Report on sanitation, dispensaries, and jails in Rajputana for 1920, and on vaccination for the year 1920-1921 - 1920-1921
Year: 1920
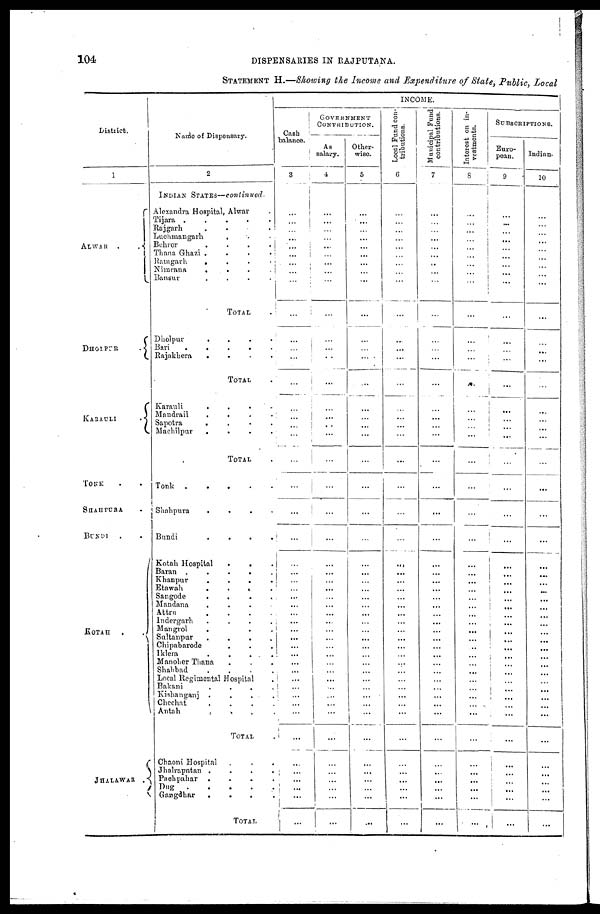
104
DISPENSARIES IN RAJPUTANA.
STATEMENT H.—Showing the Income and Expenditure of State, Public, Local
District.
1
ALWAR . .
DHOLPUR
.
KARAULI
.
TONK
SHAHPURA .
BUNDI . .
KOTAH .
.
JHALAWAR .
Name of Dispensary.
2
INDIAN STATES—continued.
Alexandra Hospital, Alwar .
Tijara .
.
.
.
.
Rajgarh
.
.
.
.
Luchmangarh
. . .
Behror
.
.
.
.
Thana Ghazi
. . .
Ramgarh
. . . .
Nimrana
.
.
.
.
Bansur
.
.
.
.
TOTAL .
Dholpur
. . . .
Bari
.
.
.
.
.
Rajakhera
. . . .
TOTAL .
Karauli
.
.
.
. .
Mandrail
. . . .
Sapotra
. . . .
Machilpur
. . . .
TOTAL .
Tonk .
.
.
.
Shahpura
. . . .
Bundi
. . . .
Kotah Hospital
.
. .
Baran . . . . .
Khanpur
. . . .
Etawah
.
.
. .
Sangode
.
. . .
Mandana
.
.
. .
Attru
. . . .
Indergarh
. . . .
Mangrol . . .
Sultanpur
.
.
.
.
Chipabarode . . .
Iklera
.
.
. . .
Manoher Thana . . .
Shahbad
. . . .
Local Regimental Hospital .
Bakani
.
.
.
.
Kishanganj .
.
.
.
Chechat
. . . .
Antah
.
. . .
TOTAL .
Chaoni Hospital . . .
Jhalrapatan . . . .
Pachpahar . . . .
Dug
.
.
.
.
.
Gangdhar
. . . .
TOTAL
INCOME.
Cash
balance.
3
...
...
...
...
...
...
...
...
...
...
...
...
...
...
...
...
...
...
...
...
...
...
...
...
...
...
...
...
...
...
...
...
...
...
...
...
...
...
...
...
...
...
...
...
...
...
...
...
GOVERNMENT
CONTRIBUTION.
As
salary.
4
...
...
...
...
...
...
...
...
...
...
...
...
...
...
...
...
...
...
...
...
...
...
...
...
...
...
...
...
...
...
...
...
...
...
...
...
...
...
...
...
...
...
...
...
...
...
...
...
Other-
wise.
5
...
...
...
...
...
...
...
...
...
...
...
...
...
...
...
...
...
...
...
...
...
...
...
...
...
...
...
...
...
...
...
...
...
...
...
...
...
...
...
...
...
...
...
...
...
...
...
...
Local Fund con-
tributions.
6
...
...
...
...
...
...
...
...
...
...
...
...
...
...
...
...
...
...
...
...
...
...
...
...
...
...
...
...
...
...
...
...
...
...
...
...
...
...
...
...
...
...
...
...
...
...
...
...
Municipal Fund
contributions.
7
...
...
...
...
...
...
...
...
...
...
...
...
...
...
...
...
...
...
...
...
...
...
...
...
...
...
...
...
...
...
...
...
...
...
...
...
...
...
...
...
...
...
...
...
...
...
...
...
Interest on in-
vestments.
8
...
...
...
...
...
...
...
...
...
...
...
...
...
...
...
...
...
...
...
...
...
...
...
...
...
...
...
...
...
...
...
...
...
...
...
...
...
...
...
...
...
...
...
...
...
...
...
...
SUBSCRIPTIONS.
Euro-
pean.
9
...
...
...
...
...
...
...
...
...
...
...
...
...
...
...
...
...
...
...
...
...
...
...
...
...
...
...
...
...
...
...
...
...
...
...
...
...
...
...
...
...
...
...
...
...
...
...
...
Indian.
10
...
...
...
...
...
...
...
...
...
...
...
...
...
...
...
...
...
...
...
...
...
...
...
...
...
...
...
...
...
...
...
...
...
...
...
...
...
...
...
...
...
...
...
...
...
...
...
...